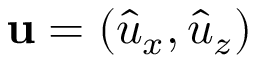
\boldsymbol { \mathbf { \hat { u } } } = ( \hat { u } _ { x } , \hat { u } _ { z } )